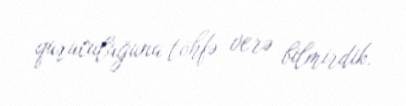
quruculuğuna töhfə verə bilmirdik.